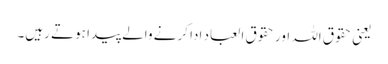
یعنی حقوق اللہ اور حقوق العباد ادا کرنے والے پیدا ہوتے رہیں۔